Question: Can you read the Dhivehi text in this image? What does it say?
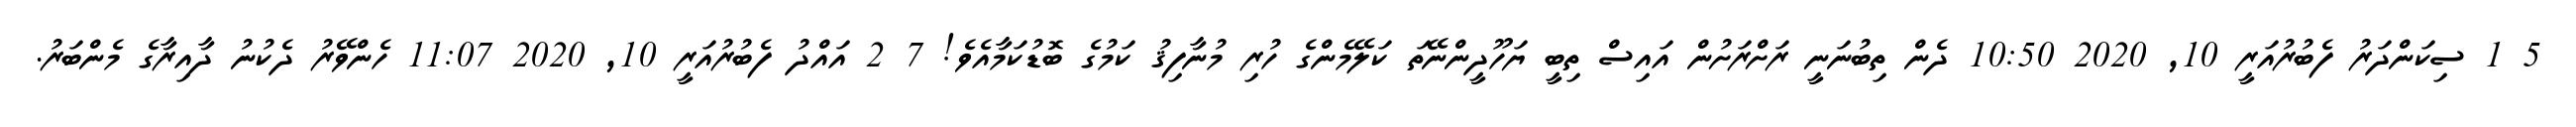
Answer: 5 1 ސިކަންދަރު ފެބުރުއަރީ 10, 2020 10:50 ދެން ތިބުނަނީ ރަށްރަށުން އައިސް ތިބީ ޔަހޫދީންނޭތަ ކަލޭމެންގެ ހުރި މުނާފިޤު ކަމުގެ ބޮޑުކަމާއެވެ! 7 2 އައްދު ފެބުރުއަރީ 10, 2020 11:07 ހެންވޭރު ދެކުނު ދާއިރާގެ މެންބަރު.